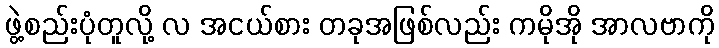
ဖွဲ့စည်းပုံတူလို့ လ အငယ်စား တခုအဖြစ်လည်း ကမိုအို အာလဗာကို